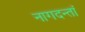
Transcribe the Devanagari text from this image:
नागदन्तां